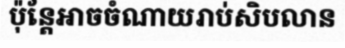
ប៉ុន្តែអាចចំណាយរាប់សិបលាន